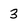
Character: 3